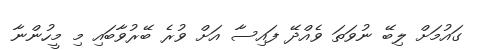
ގައުމަށް ލިބޭ ނުވަތަ ވެއްދޭ ފައިސާ އަށް ވުރެ ބޭރުވާބައި މި މީހުންނާ